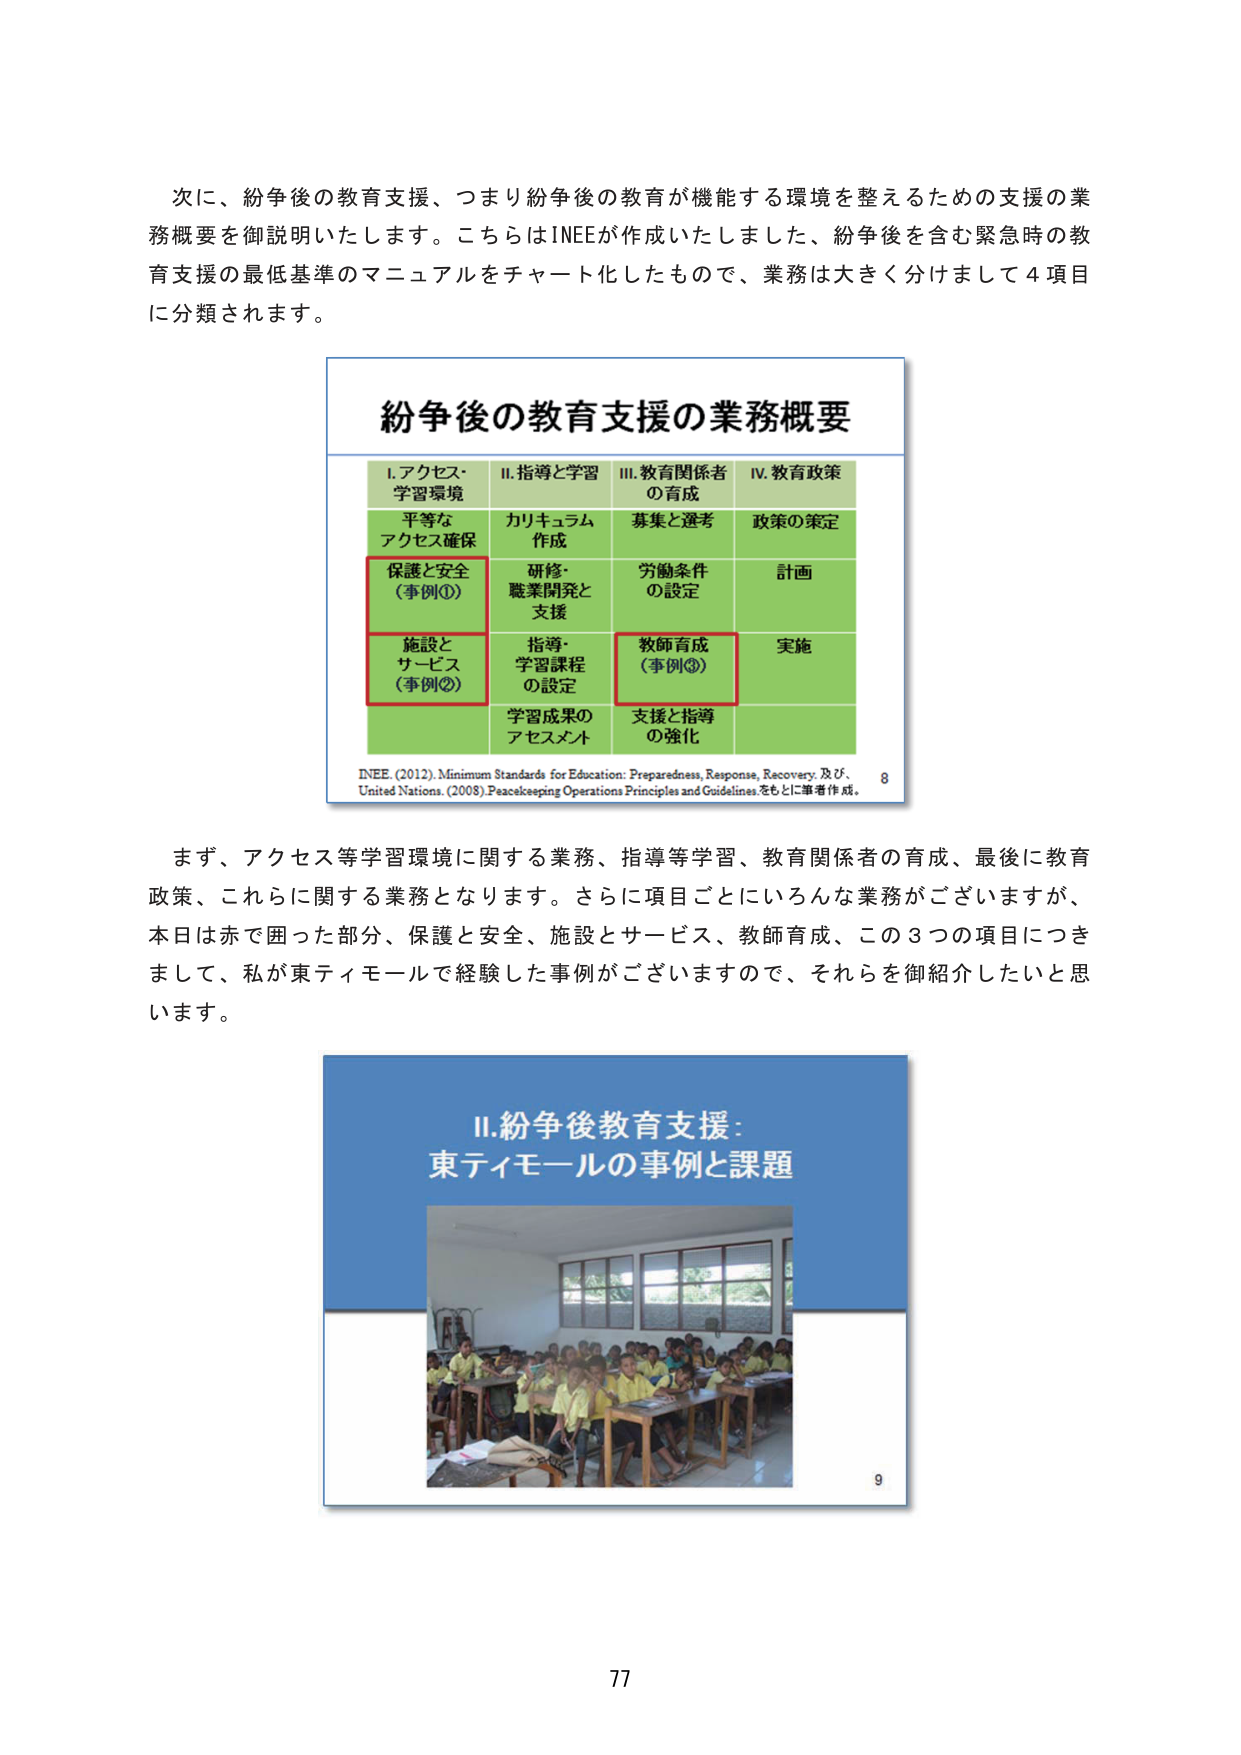
次に、紛争後の教育支援、つまり紛争後の教育が機能する環境を整えるための支援の業務概要を御説明いたします。こちらはINEEが作成いたしました、紛争後を含む緊急時の教育支援の最低基準のマニュアルをチャート化したもので、業務は大きく分けまして4項目に分類されます。

紛争後の教育支援の業務概要

I. アクセス・学習環境　　II. 指導と学習　　III. 教育関係者の育成　　IV. 教育政策
平等なアクセス確保　　　カリキュラム作成　　　募集と選考　　　政策の策定
保護と安全（事例①）　　研修・職業開発と支援　　労働条件の設定　　計画
施設とサービス（事例②）　指導・学習課程の設定　　教師育成（事例③）　実施
　　　　　　　　　　　学習成果のアセスメント　　支援と指導の強化

INEE. (2012). Minimum Standards for Education: Preparedness, Response, Recovery. 及び、
United Nations. (2008). Peacekeeping Operations Principles and Guidelines. をもとに筆者作成。　8

まず、アクセス等学習環境に関する業務、指導等学習、教育関係者の育成、最後に教育政策、これらに関する業務となります。さらに項目ごとにいろんな業務がございますが、本日は赤で囲った部分、保護と安全、施設とサービス、教師育成、この3つの項目につきまして、私が東ティモールで経験した事例がございますので、それらを御紹介したいと思います。

II. 紛争後教育支援：東ティモールの事例と課題

9

77